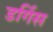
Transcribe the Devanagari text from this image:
डर्गिस